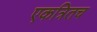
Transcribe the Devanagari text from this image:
एकत्रितच